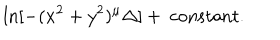
\ln [ - ( x ^ { 2 } + y ^ { 2 } ) ^ { \mu } \Delta ] + ~ \mathrm { c o n s t a n t } .